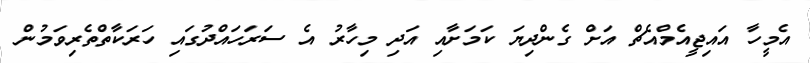
އެމީހާ އައިޖީއެމްއެޗް އަށް ގެންދިޔަ ކަމަށާއި އަދި މިހާރު އެ ސަރަހައްދުގައި ހަރަަކާތްތެރިވަމުން